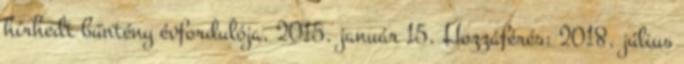
hírhedt bűntény évfordulója, 2015. január 15. Hozzáférés: 2018. július